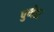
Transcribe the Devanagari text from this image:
पुणे१२